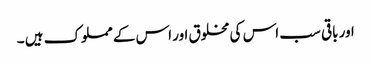
اور باقی سب اس کی مخلوق اور اس کے مملوک ہیں ۔